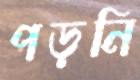
পড়নি